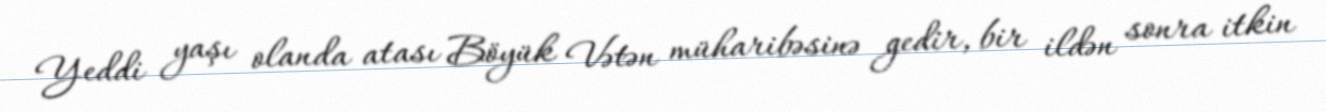
Yeddi yaşı olanda atası Böyük Vətən müharibəsinə gedir, bir ildən sonra itkin